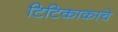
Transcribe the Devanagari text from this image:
टिटिकाकाचे